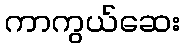
ကာကွယ်ဆေး